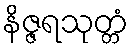
နိဇ္ဇရသုတ္တံ